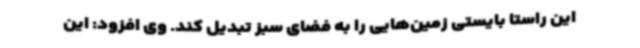
این راستا بایستی زمین‌هایی را به فضای سبز تبدیل کند. وی افزود: این